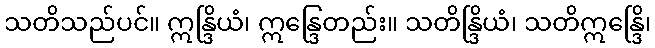
သတိသည်ပင်။ ဣန္ဒြိယံ၊ ဣန္ဒြေတည်း။ သတိန္ဒြိယံ၊ သတိဣန္ဒြေိ၊